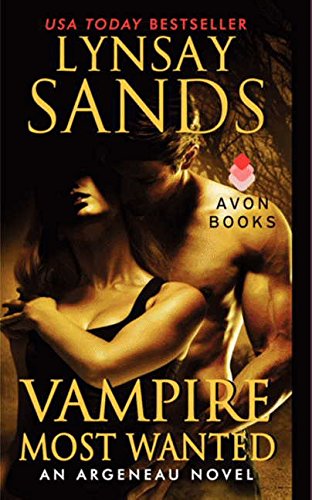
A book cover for Vampire Most Wanted: An Argeneau Novel (Argeneau Vampire); Lynsay Sands; Romance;